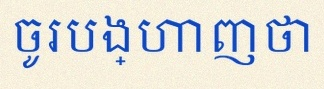
ចូរបង្ហាញថា